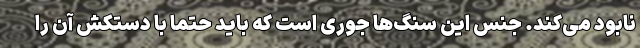
نابود می‌کند. جنس این سنگ‌ها جوری است که باید حتما با دستکش آن را